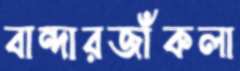
বান্দারজাঁকলা